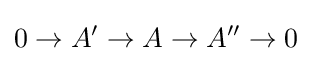
0\to A'\to A\to A''\to 0